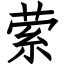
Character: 萦